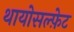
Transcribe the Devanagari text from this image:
थायोसल्फ़ेट